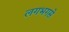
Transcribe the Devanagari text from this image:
लगभगसे